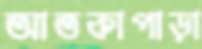
আতকাপাড়া